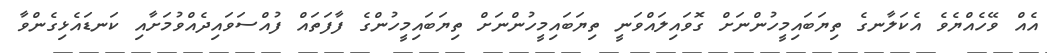
އެއް ވޭހެއްޔެވެ އެކަލާނގެ ތިޔަބައިމީހުންނަށް ގޮވައިލައްވަނީ ތިޔަބައިމީހުންނަށް ތިޔަބައިމީހުންގެ ފާފަތައް ފުއްސަވައިދެއްވުމަށާއި ކަނޑައެޅިގެންވާ